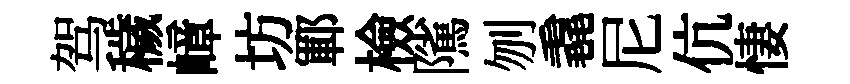
驾穢嶂坊鄆檢隲刎毳尼伉悽